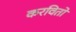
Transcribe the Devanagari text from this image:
करवितो